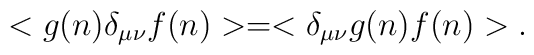
<g(n) \delta_{\mu\nu} f(n)> = <\delta_{\mu\nu} g(n) f(n)>.